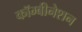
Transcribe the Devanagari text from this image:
कॉम्बीनेशन